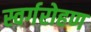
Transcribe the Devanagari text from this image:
स्वर्गरोहण